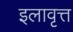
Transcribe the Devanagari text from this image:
इलावृत्त